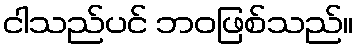
ငါသည်ပင် ဘဝဖြစ်သည်။